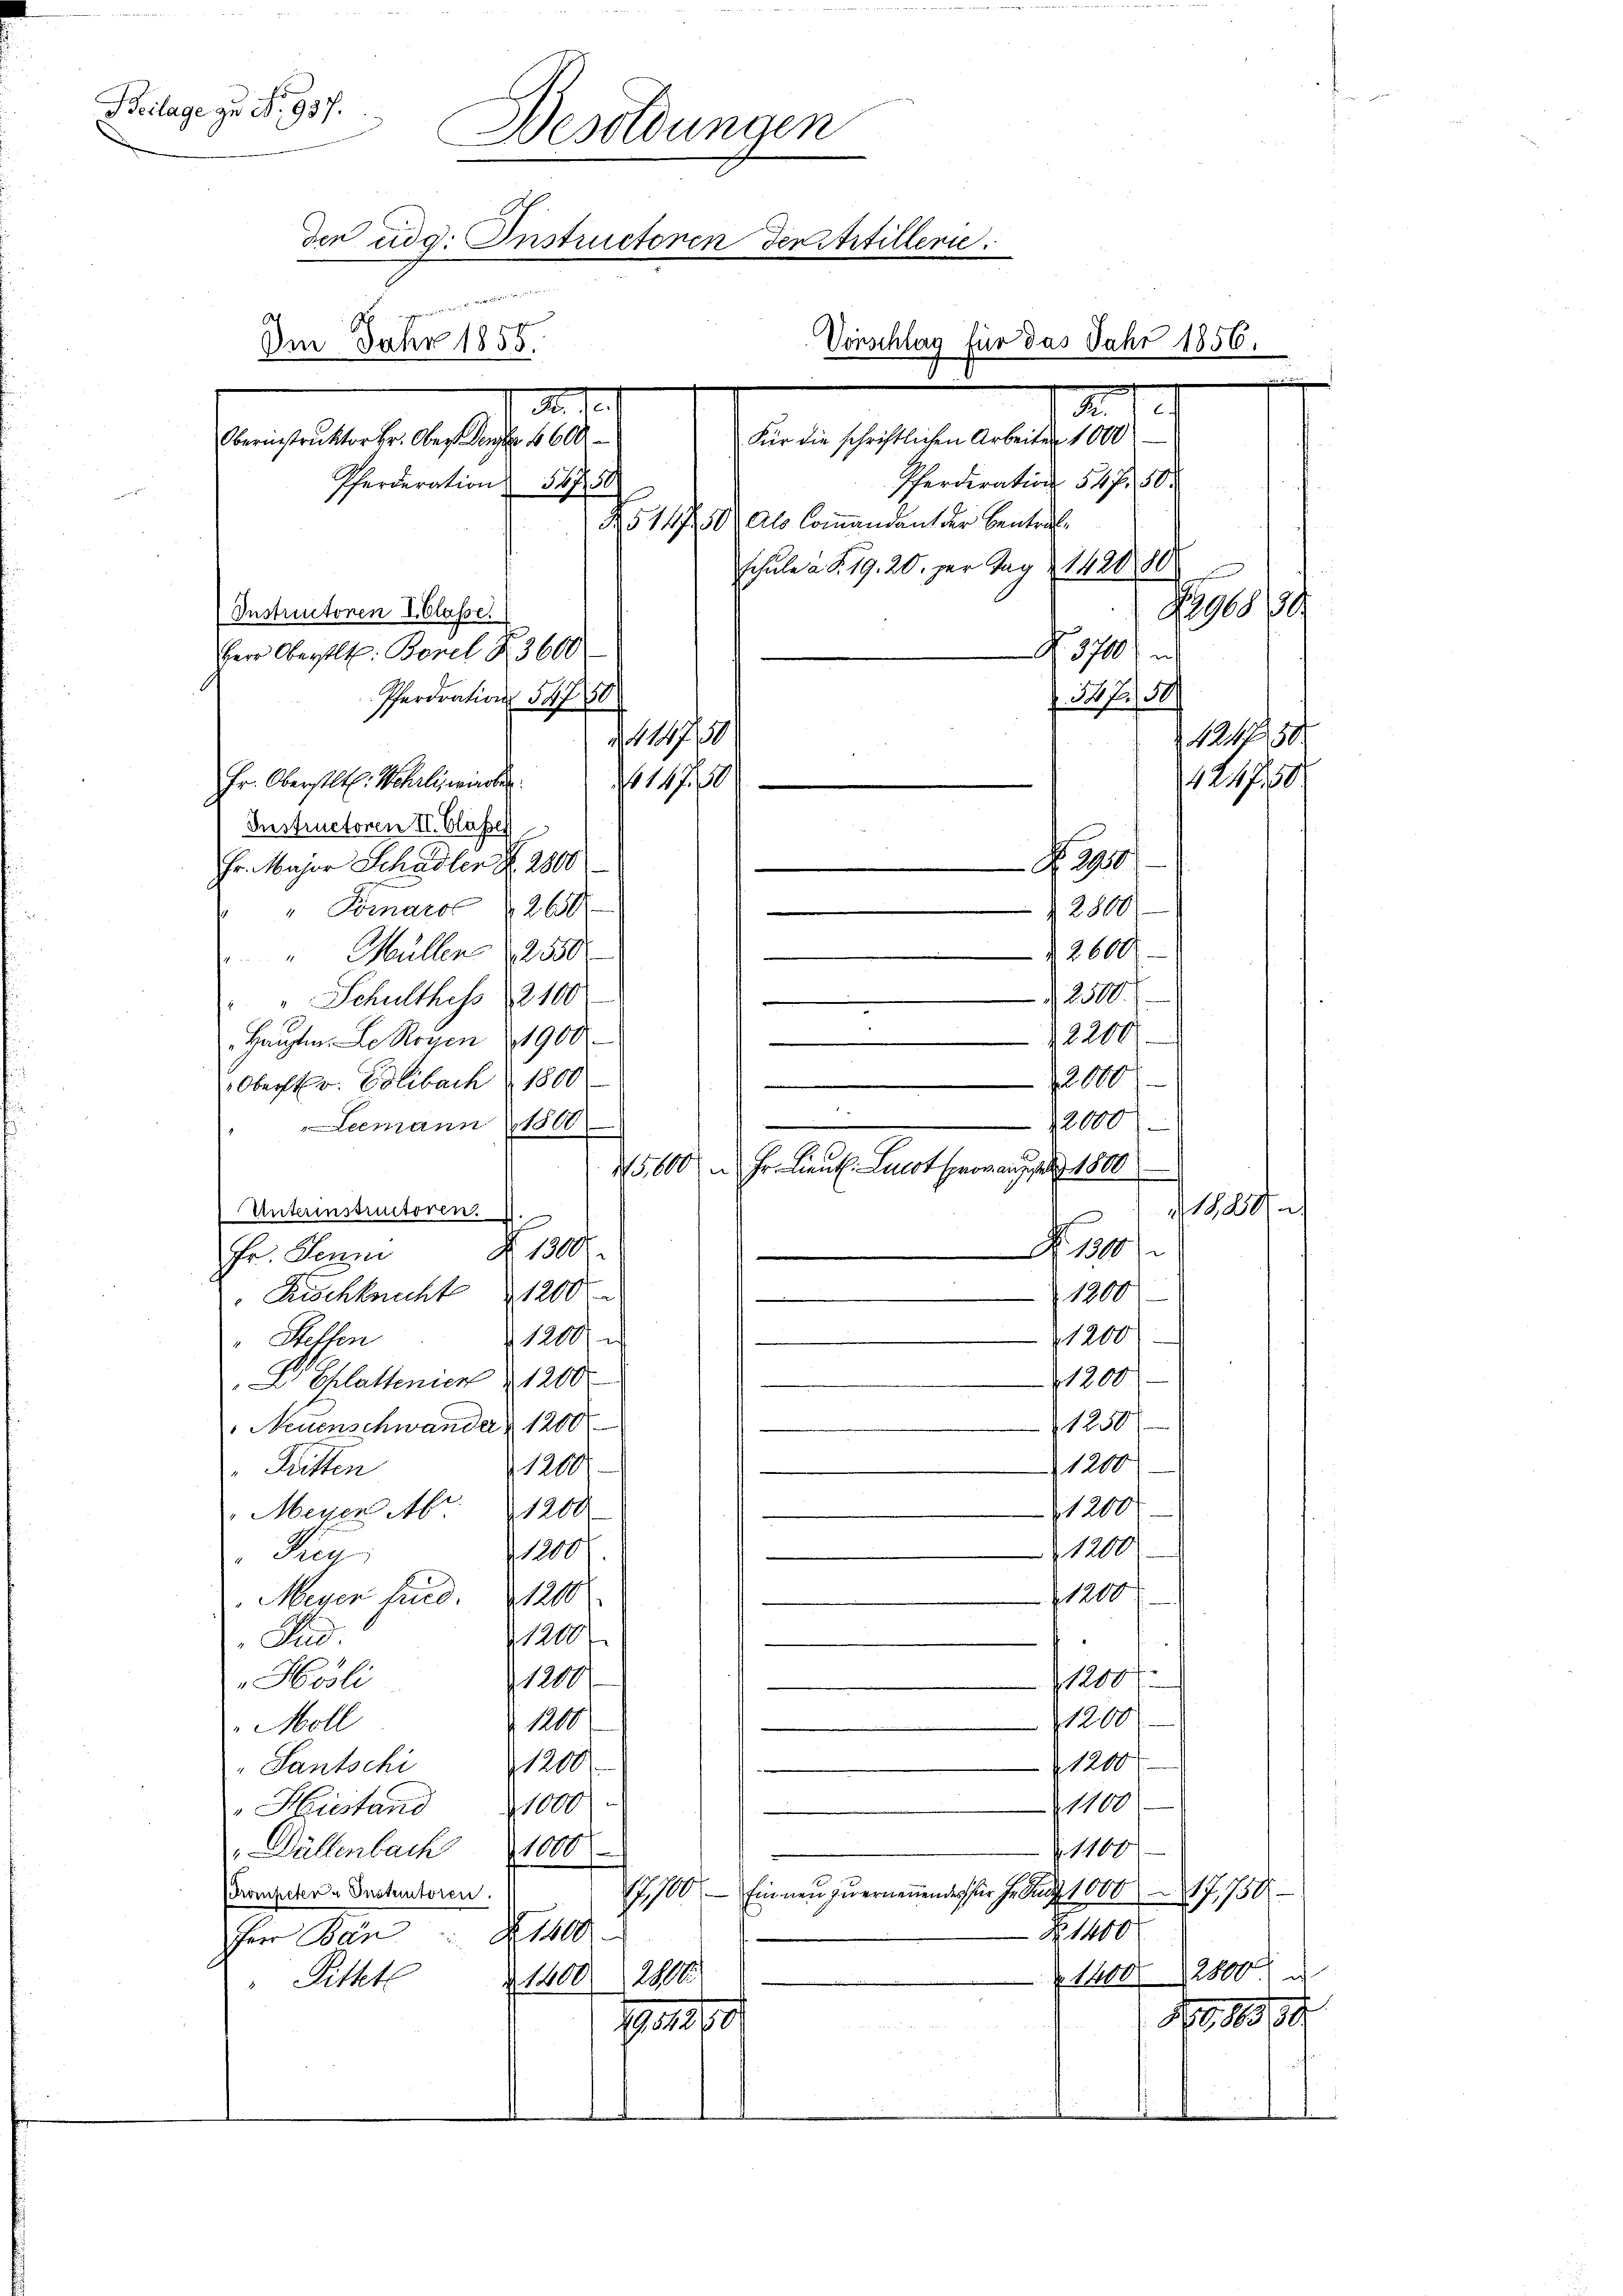
Beilage zu No. 937.
Besoldungen
den eidg. Instructoren den Artillene
weniger vereichneide wollen
Im Jahr 1855.
.
 Für die schriftlichen Arbeiten 1000
Obernistruktor Hr. Oberst Den 600
Pferderation 1750
No 1470. Als Commandant der Bentrahe

.
A.
Pferderation 54 f. 50
Schule a S. 19. 20. zur Tag & 1420, 80
n
Nag
N 3700) u
Pferdration 54750
f 50 fr 2
1171
Fr. Oberstlt. Wehrli warten
No 147. 10
Instructoren II. Classe
Z 2950
Fr. Major Schadler N. 2800
" Fornaro 2650
2800
e
2600
" Müllen d. 2550
200
.
" Schulthess 2100
.
2200
.
Hauptm. Le Rogen 1900
2000
Oberstr. Polibach 1800
e
12000
Leemann 1800
25,000 u. Hr. Lieut. Leot heraus 1800
1828
Unterinstructoren. 1.
N 10
§ 1300
Fr. Jenn
.
Kischknecht 1200
1200
1200
1200/
Steffen
1200.
D Ehlattenien 1200.
120
Neuenschwander 1200
1200
Fütten
1200
1200
"Meyen Abr. 1200.
1200
 1800.
Fug
1200
Meyer find. 1200
1200
Ind
1200.
1200
Hösli
1200
1200
 Moll
1200
1200
"Lantschi
1100
1000
Hiestand
1160
„Dällenbach 1000
17,700. — Einnen zwernennenders er h. ad 10007,750
Prompeter Instantoren.
Z 1400
Herr Ban 1400
1400. 2800 u
 1400. 2800.
Pittete
No. 1884
 e n d s
e

Instructoren I. Classe.
Herr Oberstl. Borel Z 3600

Vonschlag für das Jahr 1856.

M 1891
1210